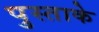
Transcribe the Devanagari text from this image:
पुस्ताके